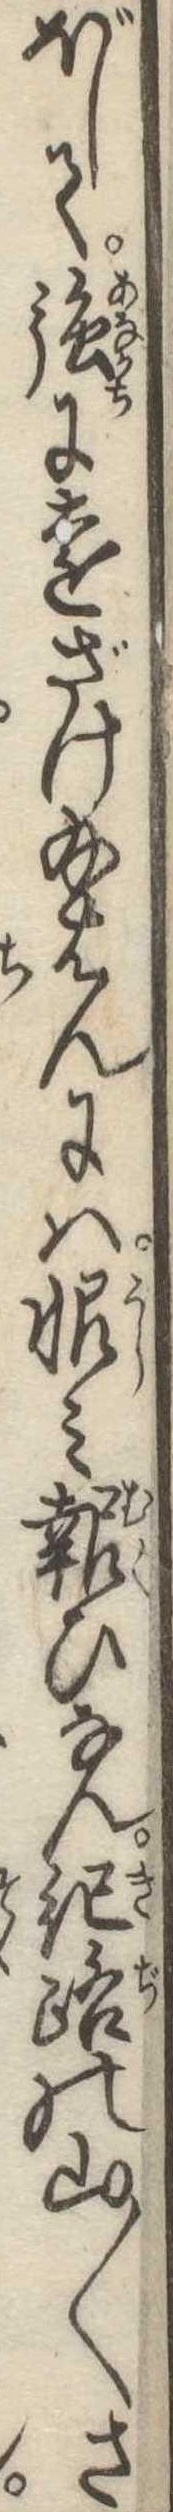
ぼして強に遠ざけ給はんには恨み報ひなん紀路の山〱さ